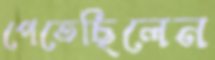
পেতেছিলেন